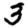
Digit: 3